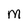
Character: M